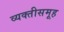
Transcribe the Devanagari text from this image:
व्यक्तीसमूह